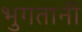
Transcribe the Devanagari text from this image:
भुगतानी